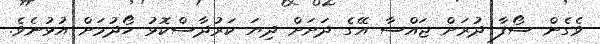
ވެގެން ސޯފާ ދުރަށް ޖައްސާ އޭގެ ދަށަށް ދިޔަ ކަރުދާސްކޮޅު ހޯދުމަށް އުޅުނެވެ.